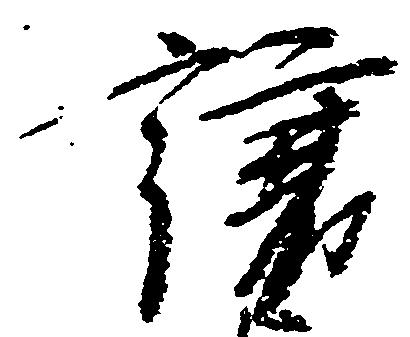
譲